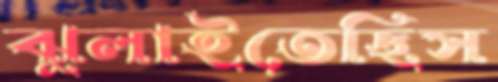
ঝুলাইতেছিস